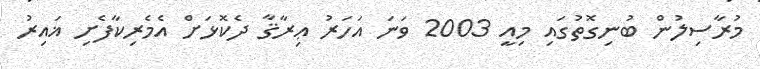
މުރާސިލުން ބުނިގޮތުގައި މިއީ 2003 ވަނަ އަހަރު ޢިރާޤާ ދެކޮޅަށް އެެމެރިކާފެށި ޣައިރު